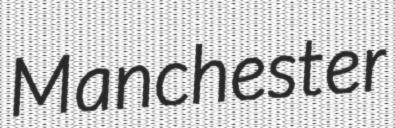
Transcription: Manchester